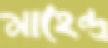
মাহেন্দ্র